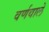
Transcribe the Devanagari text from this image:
वर्णवाले